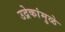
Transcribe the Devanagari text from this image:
उद्रेकांमुळे